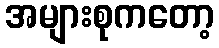
အများစုကတော့